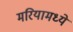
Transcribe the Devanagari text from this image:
मरियामध्ये